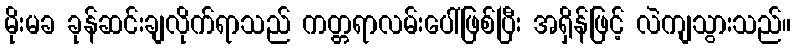
မိုးမခ ခုန်ဆင်းချလိုက်ရာသည် ကတ္တရာလမ်းပေါ်ဖြစ်ပြီး အရှိန်ဖြင့် လဲကျသွားသည်။